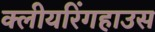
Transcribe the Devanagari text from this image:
क्लीयरिंगहाउस